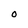
Character: O